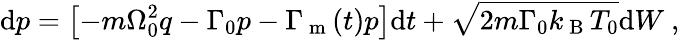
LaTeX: \mathrm{d}p=\left[-m\Omega_{0}^{2}q-\Gamma_{0}p-\Gamma_{\mathrm{~m~}}(t)p\right]\mathrm{d}t+\sqrt{2m\Gamma_{0}k_{\mathrm{~B~}}T_{0}}\mathrm{d}W\mathrm{~,~}